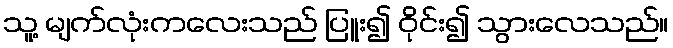
သူ့ မျက်လုံးကလေးသည် ပြူး၍ ဝိုင်း၍ သွားလေသည်။